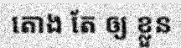
តោង តែ ឲ្យ ខ្លួន